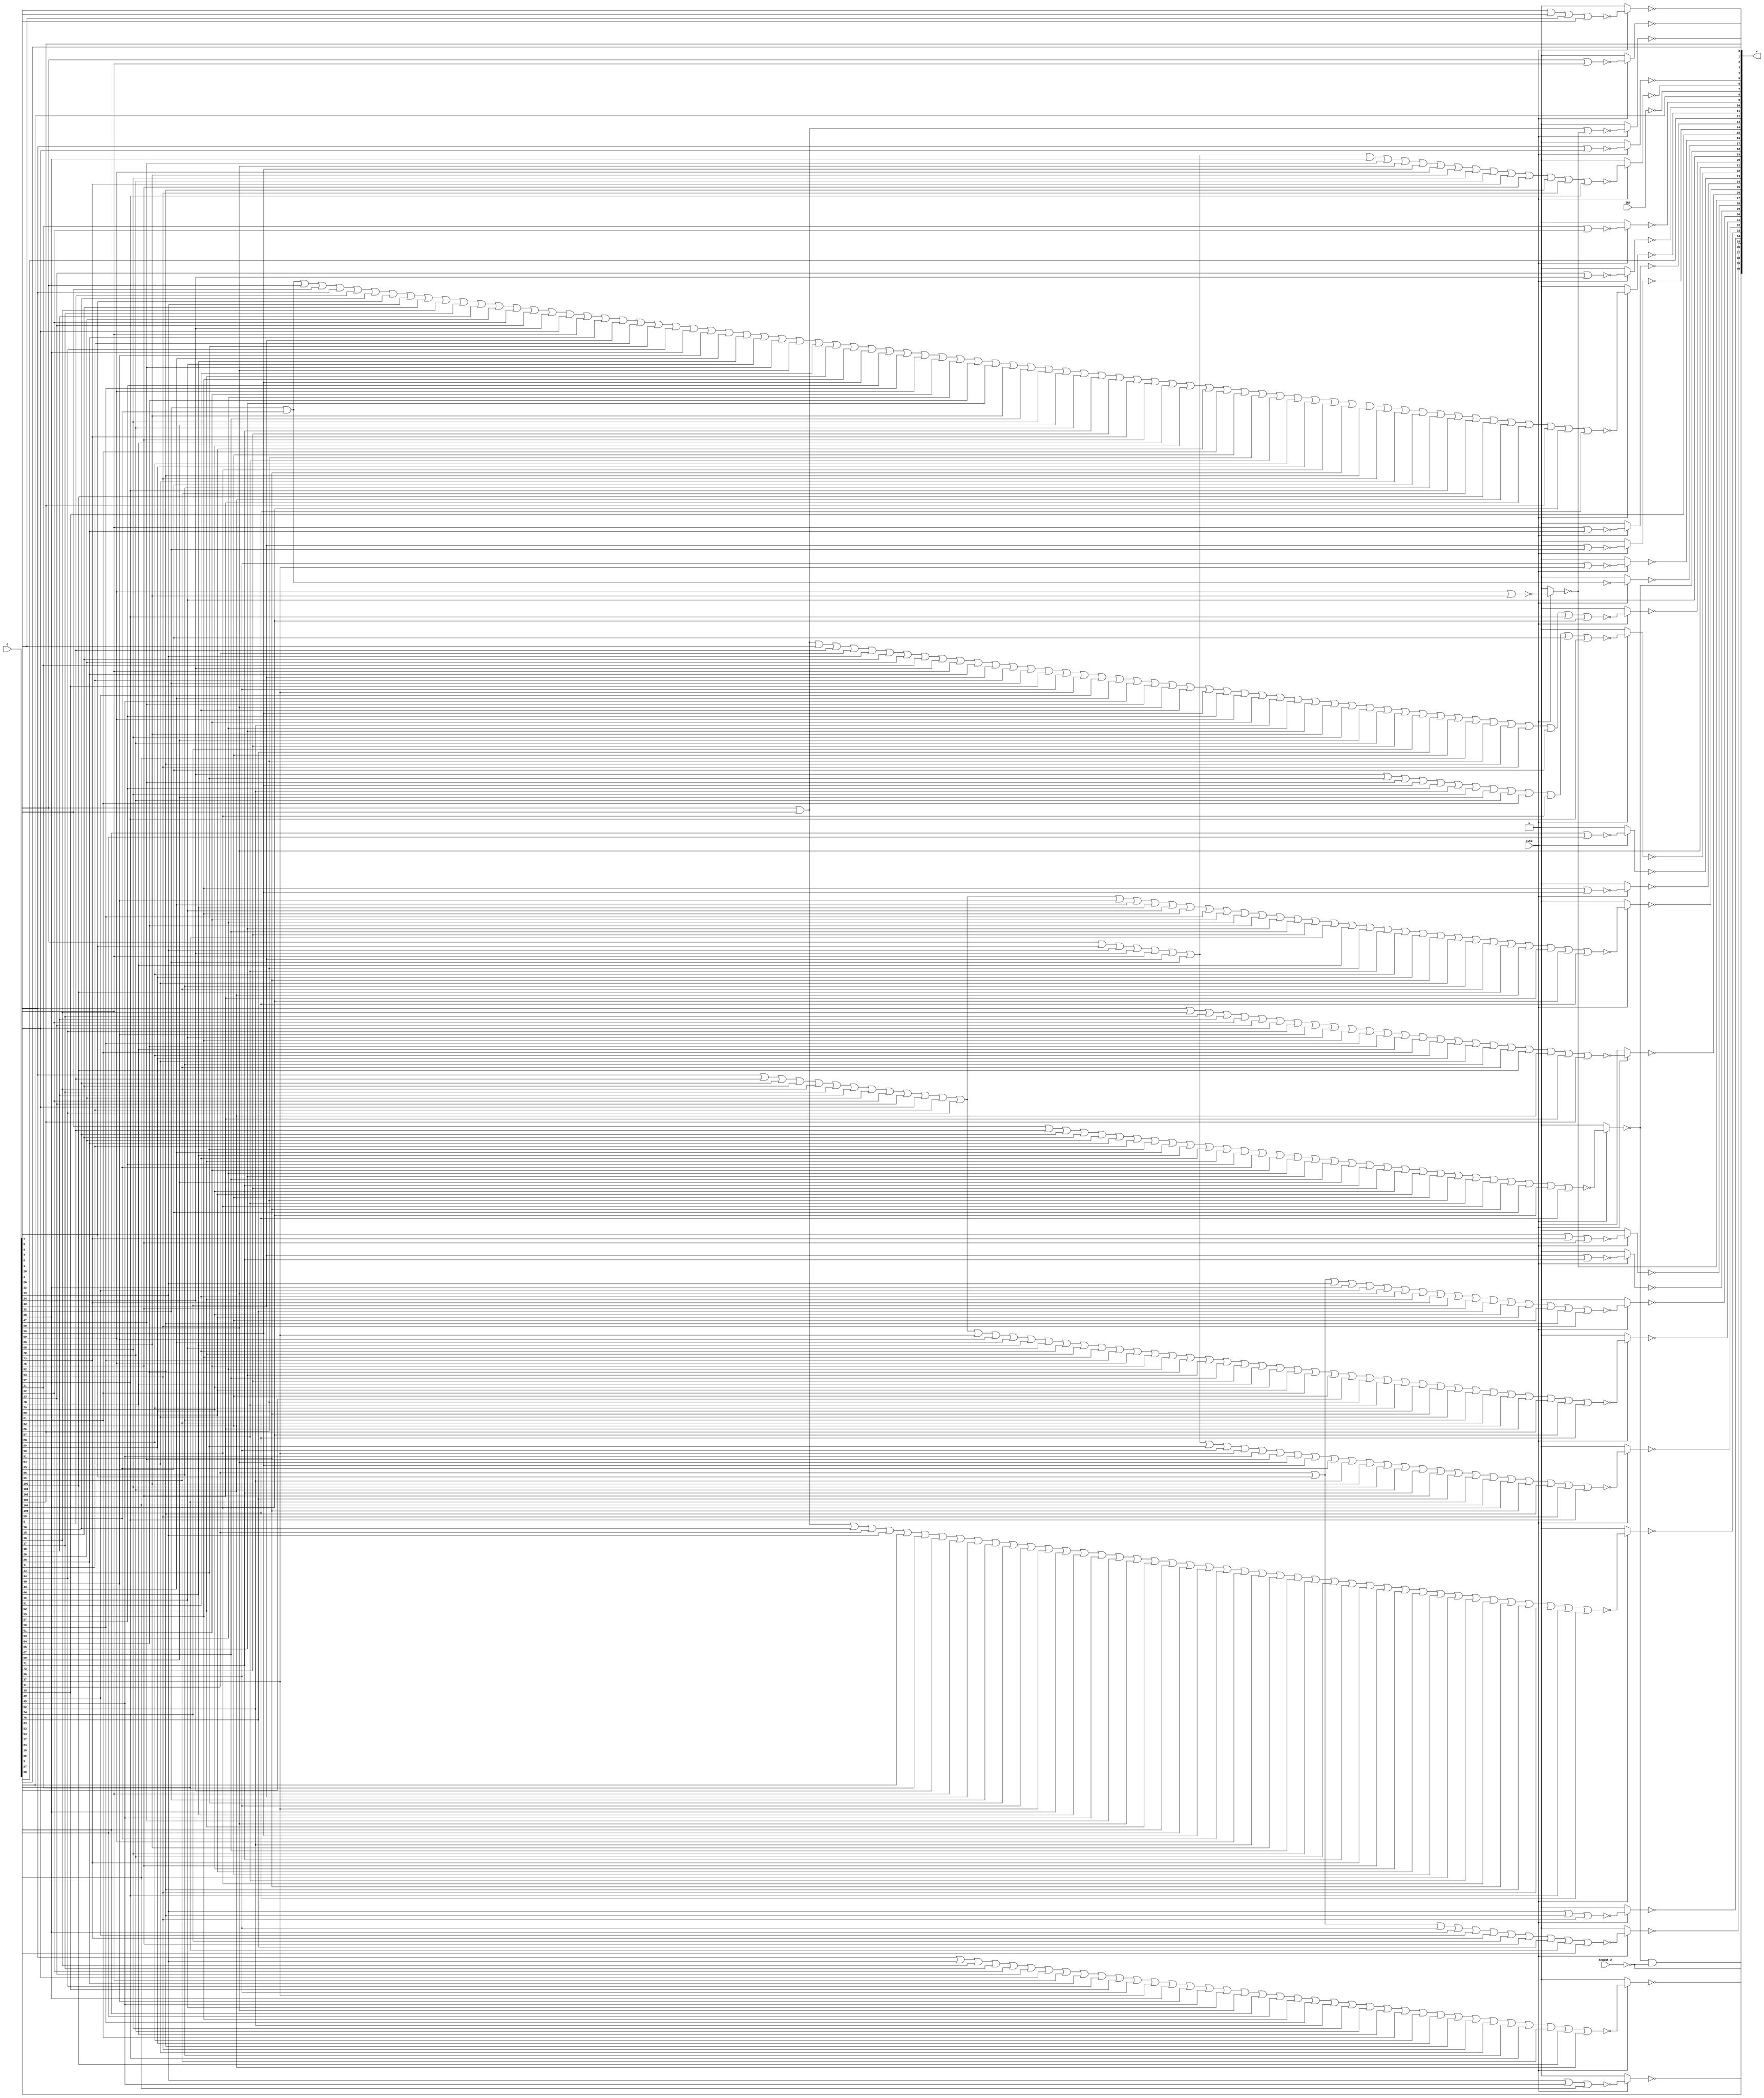
`timescale 1ns/1ns

// Here we do not use GekkioNames on purpose, so that we can make cross checks without engagement.

module Decoder2( CLK2, d, w, SeqOut_2, IR7 );

	input CLK2;
	input [106:0] d;
	output [40:0] w;
	input SeqOut_2;
	input IR7;

	// Automagically generated by MakeNorTree py 
 
	assign w[0] = ~(CLK2 ? ~((d[4]|d[5]|d[6]|d[7])) : 1'b1);
	assign w[1] = ~(CLK2 ? ~((d[0]|d[1]|w[27])) : 1'b1);
	assign w[4] = ~(CLK2 ? ~((d[0]|d[28])) : 1'b1);
	assign w[5] = ~(CLK2 ? ~((d[2]|d[26])) : 1'b1);
	assign w[6] = ~(CLK2 ? ~((d[0]|d[12]|d[13]|d[24]|d[28]|d[30]|d[32]|d[38]|d[47]|d[50]|d[56]|d[60]|d[66]|d[68]|d[70]|d[73]|d[75]|d[92]|d[93]|d[97])) : 1'b1);
	assign w[9] = ~(CLK2 ? ~((d[21]|d[22])) : 1'b1);
	assign w[10] = ~(CLK2 ? ~((d[23]|d[24])) : 1'b1);
	assign w[11] = ~(CLK2 ? ~((d[32]|d[59]|d[0]|d[1]|d[2]|d[9]|d[10]|d[12]|d[13]|d[15]|d[16]|d[17]|d[18]|d[20]|d[22]|d[23]|d[24]|d[26]|d[28]|d[29]|d[30]|d[31]|d[33]|d[34]|d[38]|d[40]|d[43]|d[44]|d[46]|d[47]|d[50]|d[51]|d[52]|d[55]|d[56]|d[57]|d[58]|d[60]|d[61]|d[63]|d[64]|d[65]|d[66]|d[67]|d[68]|d[69]|d[70]|d[71]|d[72]|d[73]|d[75]|d[78]|d[79]|d[80]|d[81]|d[82]|d[86]|d[87]|d[88]|d[89]|d[90]|d[91]|d[92]|d[93]|d[94]|d[95]|d[96]|d[97]|d[99]|d[100]|d[101]|d[102]|d[103]|d[104]|d[105])) : 1'b1);
	assign w[13] = ~(CLK2 ? ~((d[28]|d[29])) : 1'b1);
	assign w[14] = ~(CLK2 ? ~((d[30]|d[32])) : 1'b1);
	assign w[16] = ~(CLK2 ? ~((d[36]|d[37])) : 1'b1);
	assign w[17] = ~(CLK2 ? ~((d[32]|d[59])) : 1'b1);
	assign w[18] = ~(CLK2 ? ~((d[1]|d[9]|d[10]|d[15]|d[20]|d[29]|d[31]|d[33]|d[43]|d[44]|d[51]|d[52]|d[57]|d[59]|d[61]|d[63]|d[65]|d[67]|d[69]|d[71]|d[72]|d[79]|d[80]|d[82]|d[86]|d[87]|d[90]|d[91]|d[95]|d[104]|d[105])) : 1'b1);
	assign w[20] = ~(CLK2 ? ~((d[0]|d[1]|d[6]|d[9]|d[11]|d[13]|d[15]|d[20]|d[21]|d[24]|d[28]|d[29]|d[30]|d[31]|d[32]|d[35]|d[36]|d[37]|d[39]|d[43]|d[45]|d[47]|d[50]|d[51]|d[56]|d[57]|d[60]|d[61]|d[62]|d[63]|d[65]|d[66]|d[68]|d[69]|d[70]|d[72]|d[74]|d[76]|d[82]|d[83]|d[86]|d[92]|d[93]|d[95]|d[97]|d[104])) : 1'b1);
	assign w[22] = ~(CLK2 ? ~((d[24]|d[33]|d[47]|d[56]|d[57]|d[62]|d[68]|d[69]|d[70]|d[81]|d[90]|d[95]|d[97])) : 1'b1);
	assign w[23] = ~(CLK2 ? ~((d[53]|d[54])) : 1'b1);
	assign w[24] = ~(CLK2 ? ~((d[55]|d[56])) : 1'b1);
	assign w[25] = ~(CLK2 ? ~((d[2]|d[9]|d[10]|d[15]|d[16]|d[17]|d[18]|d[20]|d[22]|d[23]|d[26]|d[31]|d[34]|d[40]|d[43]|d[44]|d[46]|d[55]|d[58]|d[61]|d[63]|d[64]|d[65]|d[67]|d[72]|d[77]|d[78]|d[86]|d[87]|d[88]|d[89]|d[91]|d[94]|d[96]|d[99]|d[100]|d[101]|d[102]|d[104]|d[105])) : 1'b1);
	assign w[26] = ~(CLK2 ? ~((d[2]|d[16]|d[17]|d[18]|d[22]|d[23]|d[26]|d[34]|d[40]|d[46]|d[55]|d[58]|d[64]|d[78]|d[81]|d[88]|d[89]|d[94]|d[96]|d[99]|d[100]|d[101]|d[102]|d[103])) : 1'b1);
	assign w[27] = ~(CLK2 ? ~((d[60]|d[66])) : 1'b1);
	assign w[28] = ~(CLK2 ? ~((d[12]|d[73]|d[75])) : 1'b1);
	assign w[29] = ~(CLK2 ? ~((d[30]|d[71])) : 1'b1);
	assign w[30] = ~(CLK2 ? ~((d[11]|d[12]|d[13]|d[38]|d[39]|d[50]|d[51]|d[52]|d[73]|d[74]|d[75]|d[76]|d[79]|d[80]|d[82]|d[92]|d[93])) : 1'b1);
	assign w[31] = ~(CLK2 ? ~((d[2]|d[9]|d[10]|d[15]|d[16]|d[17]|d[18]|d[20]|d[22]|d[23]|d[26]|d[31]|d[34]|d[37]|d[40]|d[43]|d[44]|d[46]|d[51]|d[52]|d[55]|d[58]|d[60]|d[61]|d[63]|d[64]|d[65]|d[67]|d[72]|d[78]|d[79]|d[80]|d[81]|d[82]|d[84]|d[86]|d[87]|d[88]|d[89]|d[91]|d[94]|d[96]|d[99]|d[101]|d[102]|d[103]|d[104]|d[105])) : 1'b1);
	assign w[32] = ~(CLK2 ? ~((d[0]|d[12]|d[13]|d[24]|d[28]|d[30]|d[32]|d[33]|d[36]|d[37]|d[45]|d[47]|d[50]|d[56]|d[59]|d[62]|d[66]|d[68]|d[70]|d[71]|d[75]|d[76]|d[77]|d[83]|d[90]|d[91]|d[92]|d[93]|d[97])) : 1'b1);
	assign w[33] = ~(CLK2 ? ~((d[0]|d[1]|d[10]|d[11]|d[13]|d[19]|d[21]|d[24]|d[28]|d[30]|d[32]|d[33]|d[36]|d[37]|d[38]|d[44]|d[45]|d[47]|d[50]|d[52]|d[53]|d[54]|d[56]|d[59]|d[60]|d[62]|d[66]|d[67]|d[68]|d[70]|d[71]|d[73]|d[75]|d[79]|d[80]|d[82]|d[83]|d[87]|d[90]|d[91]|d[92]|d[93]|d[97]|d[105])) : 1'b1);
	assign w[34] = ~(CLK2 ? ~((d[13]|d[92]|d[93])) : 1'b1);
	assign w[35] = ~(CLK2 ? ~((d[11]|d[12]|d[36]|d[38]|d[39]|d[73]|d[74]|d[75]|d[76]|d[77]|d[85])) : 1'b1);
	assign w[36] = ~(CLK2 ? ~((d[13]|d[45]|d[83])) : 1'b1);
	assign w[38] = ~(CLK2 ? ~((d[2]|d[13]|d[16]|d[17]|d[22]|d[23]|d[26]|d[28]|d[29]|d[34]|d[35]|d[36]|d[37]|d[38]|d[40]|d[45]|d[46]|d[50]|d[53]|d[54]|d[55]|d[58]|d[62]|d[68]|d[70]|d[78]|d[81]|d[88]|d[89]|d[92]|d[93]|d[94]|d[96]|d[97]|d[99]|d[100]|d[101])) : 1'b1);

	// Does not use NOR tree

	assign w[2] = d[103];
	assign w[3] = d[3];
	assign w[7] = ~IR7;			// Not used
	assign w[8] = d[19];
	assign w[12] = d[27];
	assign w[15] = d[35];
	assign w[19] = d[46];
	assign w[21] = d[50];
	assign w[37] = d[98];
	assign w[39] = ~SeqOut_2;
	assign w[40] = w[18] & w[39];

endmodule // Decoder2